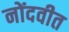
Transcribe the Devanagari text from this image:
नोंदवीत